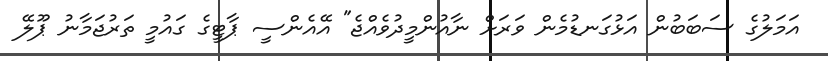
އަމަލުގެ ސަބަބުން އަޅުގަނޑުމެން ވަރަށް ނާއުންމީދުވެއްޖެ" އޭއެންސީ ޕާޓީގެ ގައުމީ ތަރުޖަމާނު ޕޫލޭ